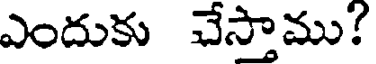
ఎందుకు చేస్తాము?